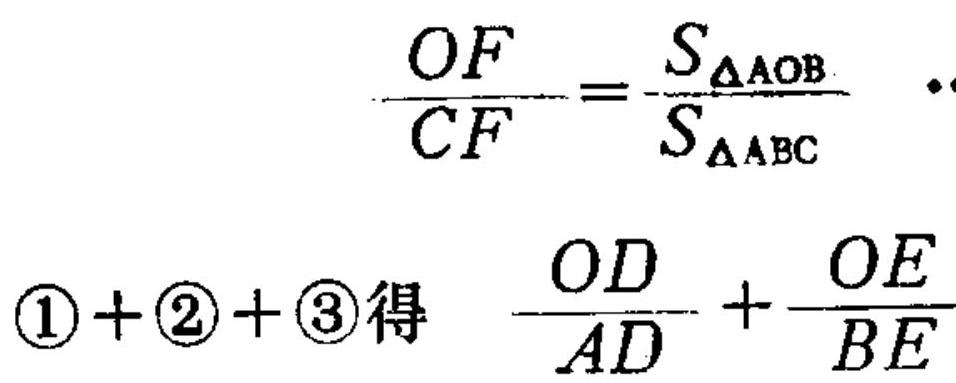
\[\frac{OF}{CF}=\frac{S_{\triangle AOB}}{S_{\triangle ABC}}\]
\(\textcircled{1}+\textcircled{2}+\textcircled{3}\)得 \(\frac{OD}{AD}+\frac{OE}{BE}\)